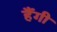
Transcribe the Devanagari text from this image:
हैंगी